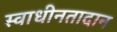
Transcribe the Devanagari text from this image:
स्वाधीनतादान